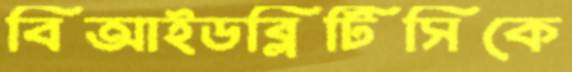
বিআইডব্লিটিসিকে